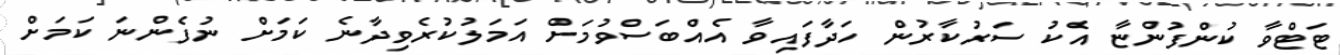
ޓަޓްވާ ކުންފުންޏާ އެކު ސަރުކާރުން ހަދާފައިވާ އެއްބަސްވުމަށް އަމަލުކުރެވިދާނެ ކަމަށް ނުފެންނަ ކަމަށް